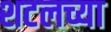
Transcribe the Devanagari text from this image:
शटलच्या